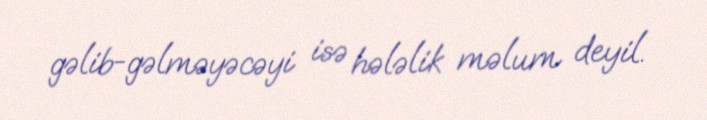
gəlib-gəlməyəcəyi isə hələlik məlum deyil.